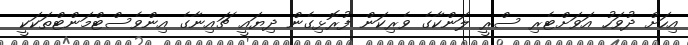
އިހަށް ދުވަހު އަވަށްޓެރި ސްރީ ލަންކާގެ ވެރިކަން ފުރޮޅިގެން ދިޔައީ ޗައިނާގެ އިންވެސްޓްމަންޓްތަކަކީ